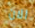
الان